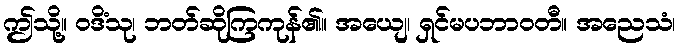
ဤသို့။ ဝဒိံသု၊ ဘတ်ဆိုကြကုန်၏။ အယျေ၊ ရှင်မပဘာဝတီ။ အညေသံ၊